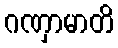
ဂဏှာမာတိ